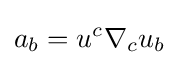
a_{b}=u^{c}\nabla _{c}u_{b}